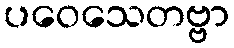
ပဝေသေတဗ္ဗာ